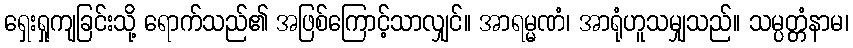
ရှေးရှုကျခြင်းသို့ ရောက်သည်၏ အဖြစ်ကြောင့်သာလျှင်။ အာရမ္မဏံ၊ အာရုံဟူသမျှသည်။ သမ္ပတ္တံနာမ၊